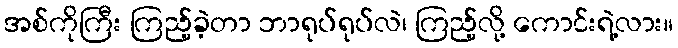
အစ်ကိုကြီး ကြည့်ခဲ့တာ ဘာရုပ်ရုပ်လဲ၊ ကြည့်လို့ ကောင်းရဲ့လား။